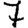
Digit: 7